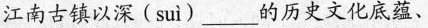
江南古镇以深( suì )____的历史文化底蕴、